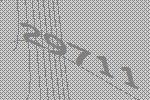
29711